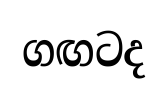
ගඟටද